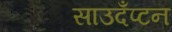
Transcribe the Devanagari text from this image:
साउदँप्टन